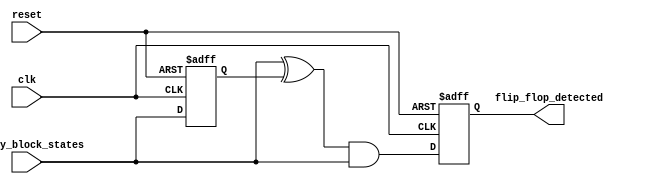
module FlipFlopDetector #(parameter NUM_BLOCKS = 4)(
    input wire clk,
    input wire reset,
    input wire [NUM_BLOCKS-1:0] memory_block_states,
    output reg [NUM_BLOCKS-1:0] flip_flop_detected
);

    // Internal registers to hold previous states
    reg [NUM_BLOCKS-1:0] prev_states;

    // Detection logic for each memory block
    always @(posedge clk or posedge reset) begin
        if (reset) begin
            prev_states <= {NUM_BLOCKS{1'b0}}; // Reset previous states
            flip_flop_detected <= {NUM_BLOCKS{1'b0}}; // Reset detection output
        end else begin
            // Check for state changes
            flip_flop_detected <= (memory_block_states ^ prev_states) & memory_block_states;
            prev_states <= memory_block_states; // Update previous states
        end
    end

endmodule